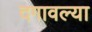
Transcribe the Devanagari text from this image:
दगावल्या